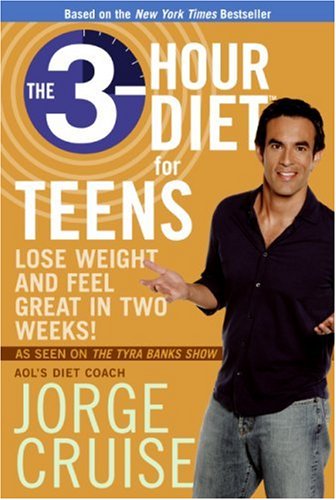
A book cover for The 3-Hour Diet for Teens: Lose Weight and Feel Great in Two Weeks!; Jorge Cruise; Teen & Young Adult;